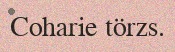
Coharie törzs.